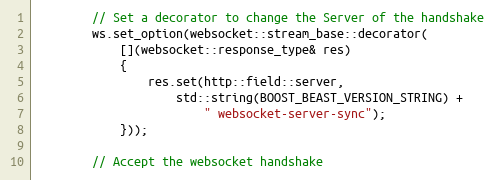
Language: C++
        // Set a decorator to change the Server of the handshake
        ws.set_option(websocket::stream_base::decorator(
            [](websocket::response_type& res)
            {
                res.set(http::field::server,
                    std::string(BOOST_BEAST_VERSION_STRING) +
                        " websocket-server-sync");
            }));

        // Accept the websocket handshake